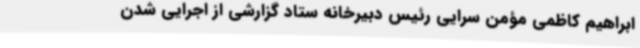
ابراهیم کاظمی مؤمن سرایی رئیس دبیرخانه ستاد گزارشی از اجرایی شدن